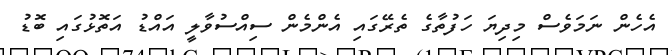
އެހެން ނަމަވެސް މިދިޔަ ހަފުތާގެ ތެރޭގައި އެންމެން ސިއްސުވާލީ އައްޑު އަތޮޅުގައި ބޮޑު